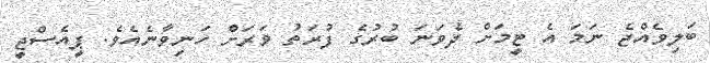
ބަލިވެއްޖެ ނަމަ އެ ޓީމަށް ދެވަނަ ބުރުގެ ފުރަތު ވަރަށް ހަނިވާނެއެވެ. ޕީއެސްޖީ